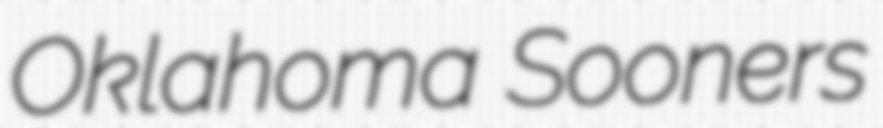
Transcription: Oklahoma Sooners